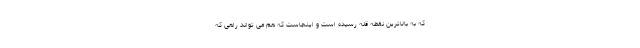
که به بالاترین نقطه قله رسیده است و اینجاست که هم می تواند راهی که